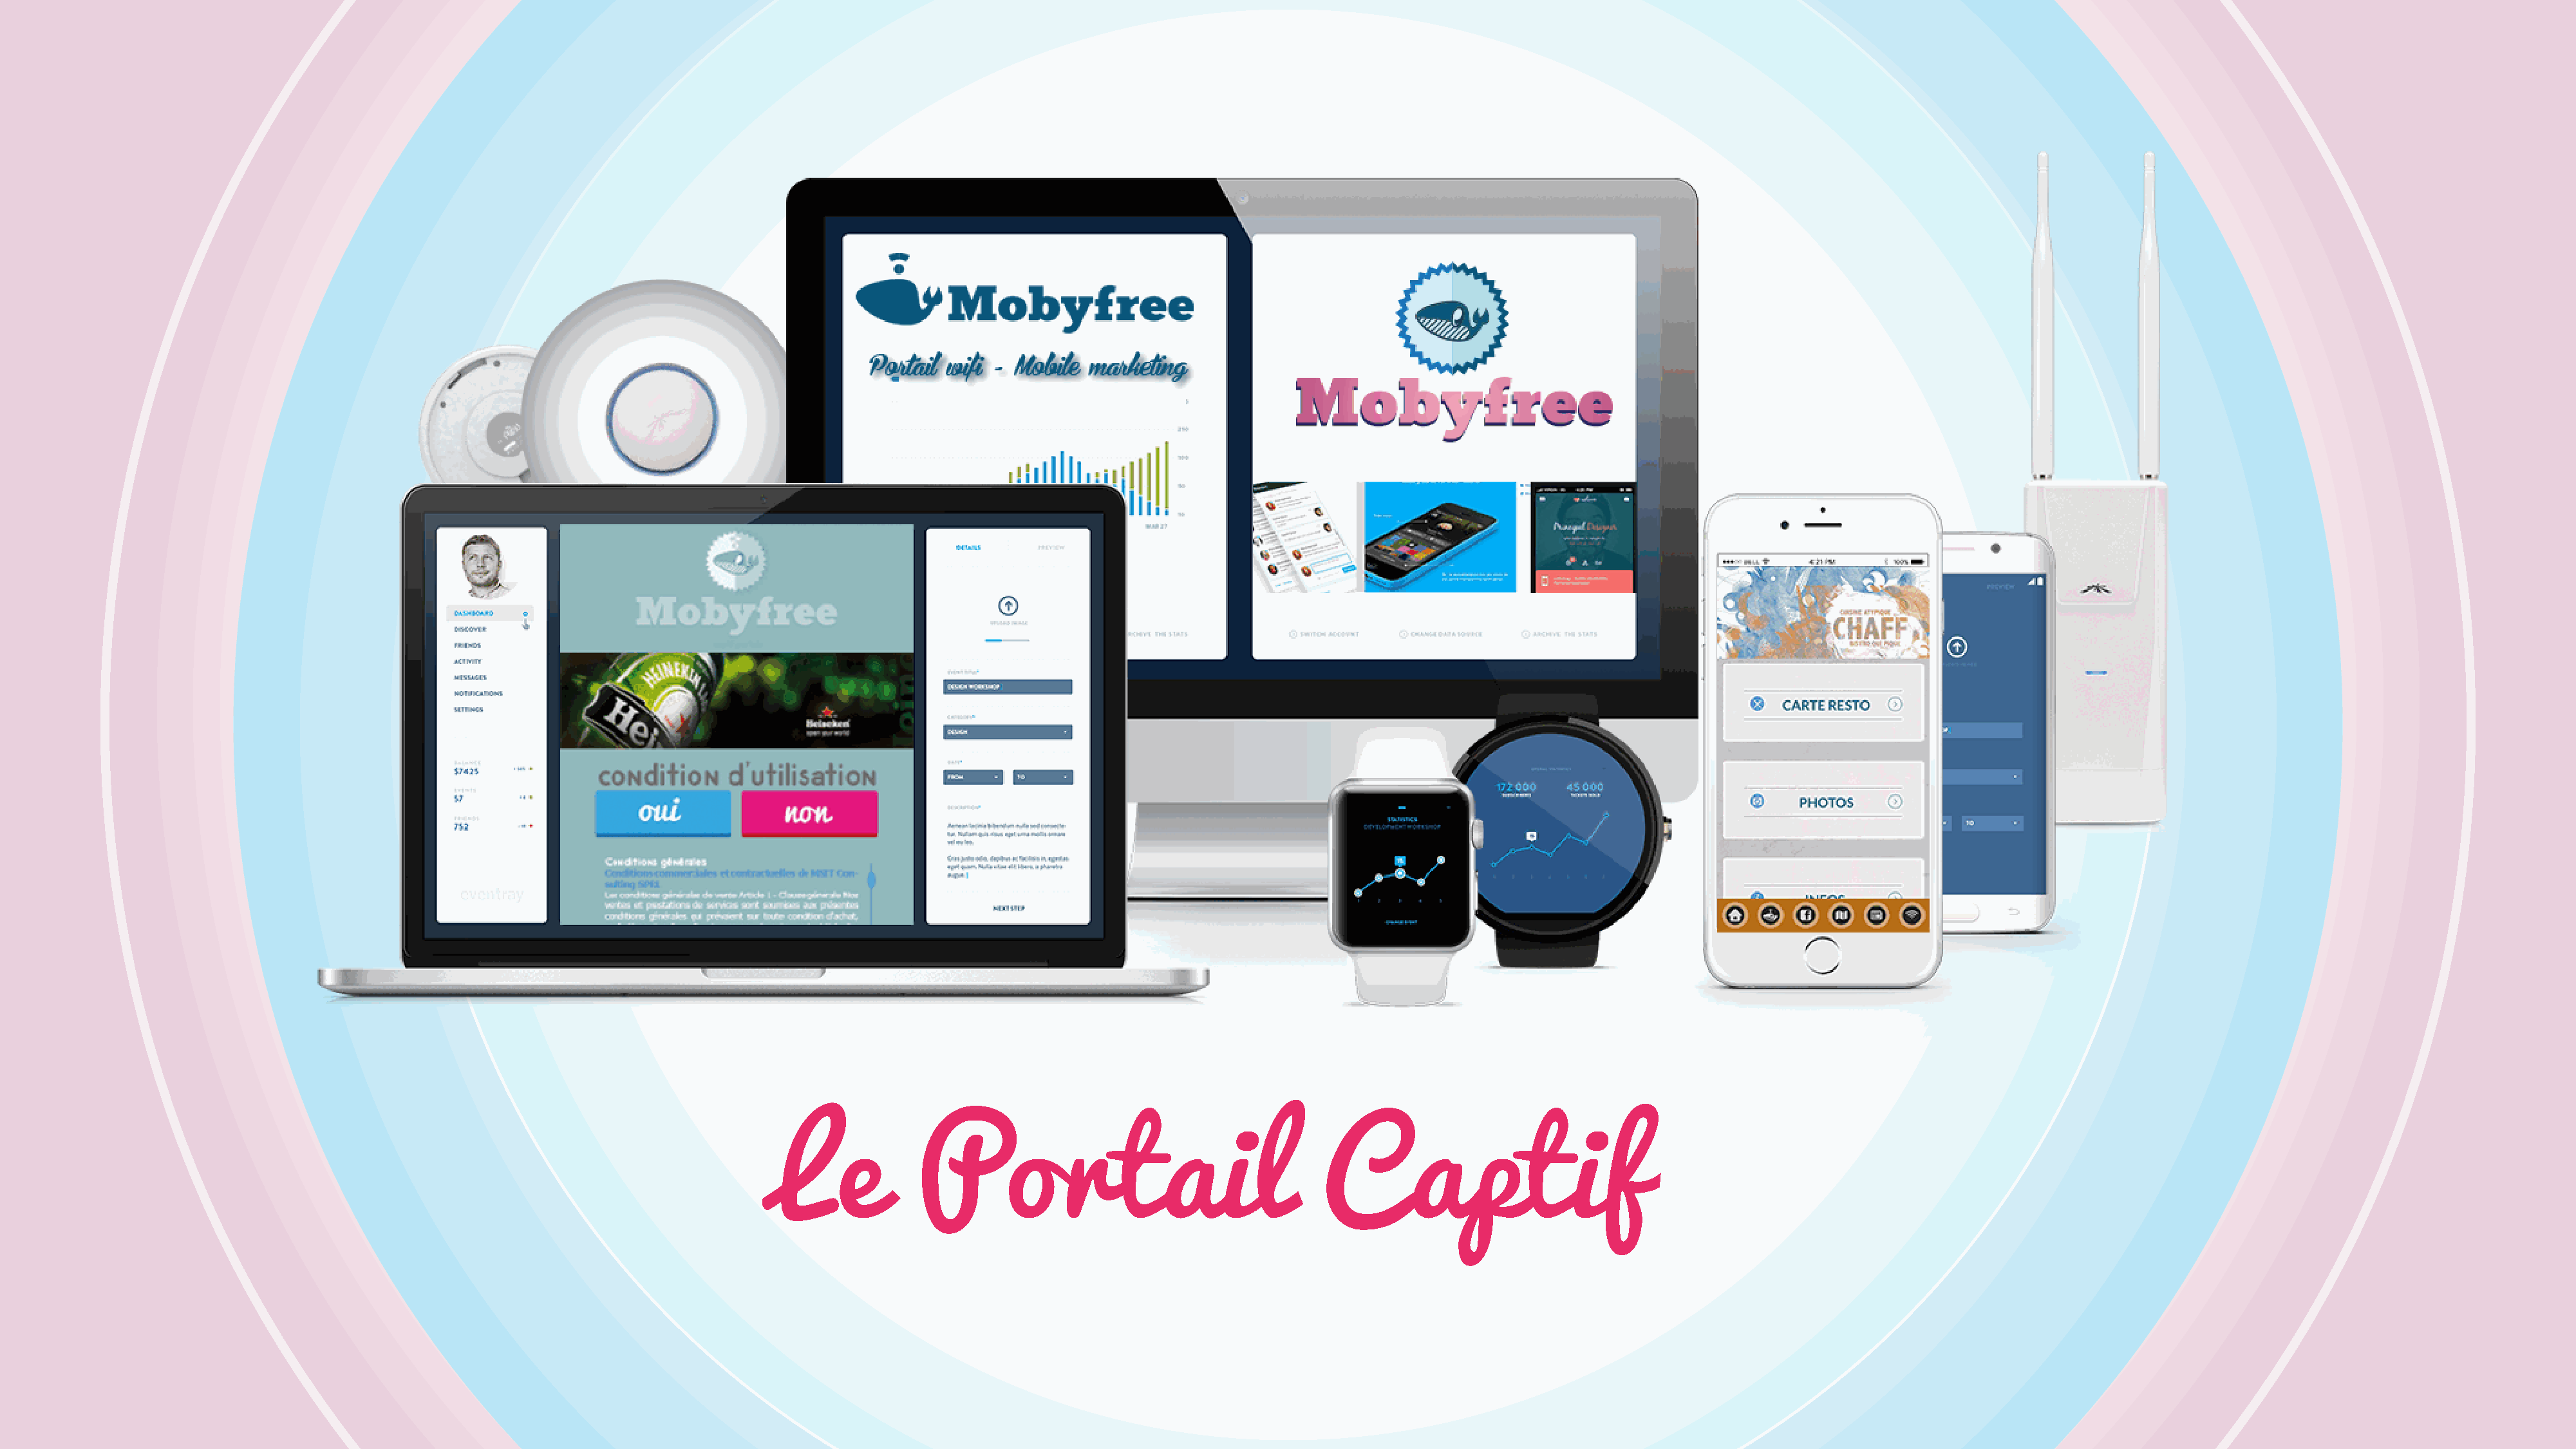
Le             Portail                                   Captif